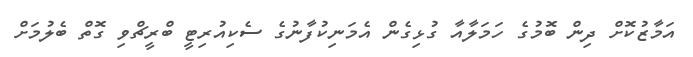
އަމާޒުކޮށް ދިން ބޮމުގެ ހަމަލާއާ ގުޅިގެން އެމަނިކުފާނުގެ ސެކިއުރިޓީ ބްރީޗްވި ގޮތް ބެލުމަށް